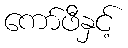
ကော်ဖီနှင့်